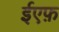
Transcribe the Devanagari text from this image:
ईएफ़